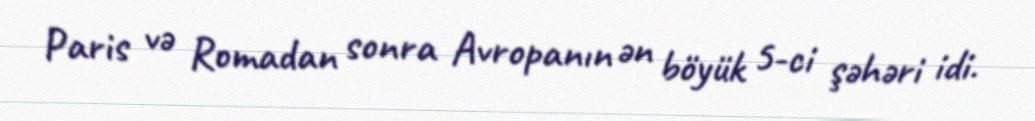
Paris və Romadan sonra Avropanın ən böyük 5-ci şəhəri idi.